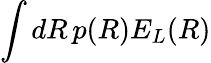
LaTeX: \int dR\, p(R)E_{L}(R)